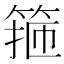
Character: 箍